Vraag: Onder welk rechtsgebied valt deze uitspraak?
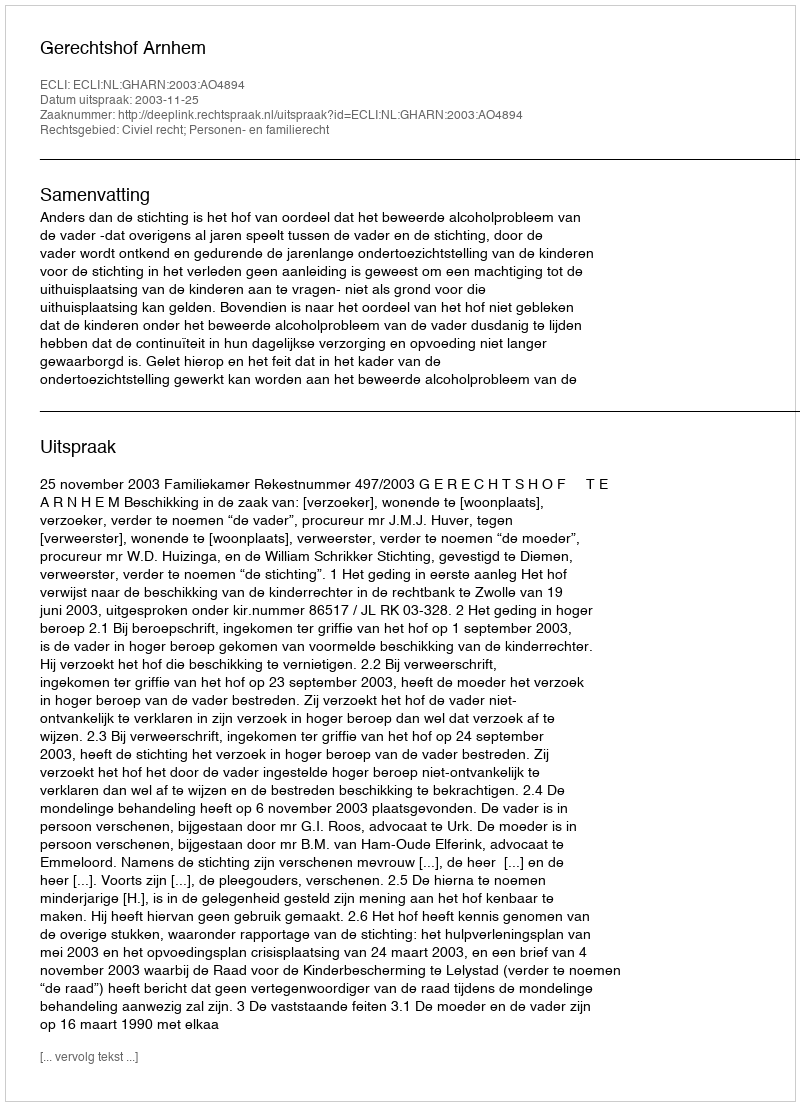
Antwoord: Civiel recht; Personen- en familierecht